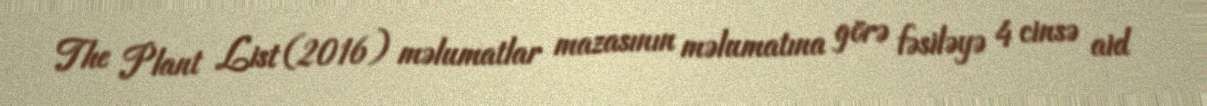
The Plant List (2016) məlumatlar mazasının məlumatına görə fəsiləyə 4 cinsə aid